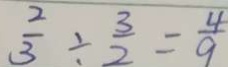
\frac { 2 } { 3 } \div \frac { 3 } { 2 } = \frac { 4 } { 9 }